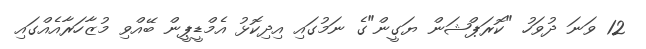
12 ވަނަ ދުވަހު "ކޮރަޕްޝަން ޔަގީން"ގެ ނަމުގައި އިދިކޮޅު އެމްޑީޕީން ބޭއްވި މުޒާހަރާއެއްގައި